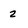
Character: 2